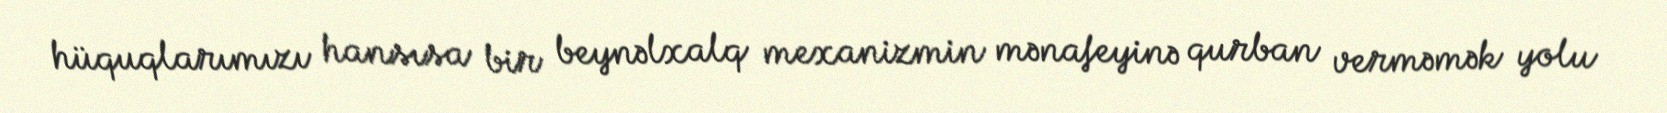
hüquqlarımızı hansısa bir beynəlxalq mexanizmin mənafeyinə qurban verməmək yolu